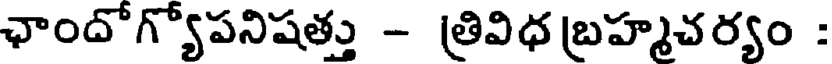
ఛాందోగ్యోపనిషత్తు - త్రివిధ బ్రహ్మచర్యం :